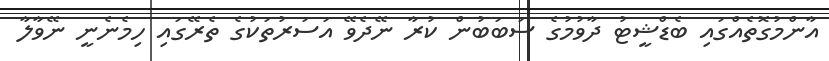
އާންމުގޮތެއްގައި ބެޑްޝީޓު ދާވުމުގެ ސަބަބުން ކުރާ ނޭދެވޭ އަސަރުތަކުގެ ތެރޭގައި ހިމެނެނީ ނޭވާލާ